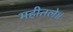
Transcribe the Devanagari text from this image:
महीतले॥